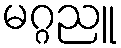
မဂ္ဂညူ